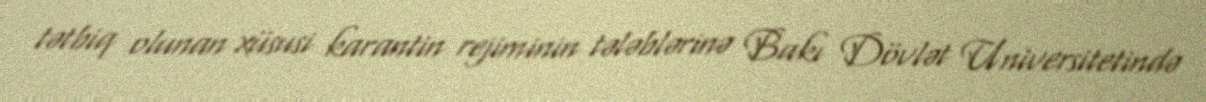
tətbiq olunan xüsusi karantin rejiminin tələblərinə Bakı Dövlət Universitetində